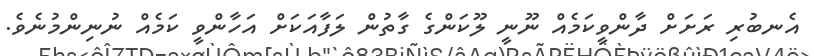
އެނބުރި ރަށަށް ދާންވީކަމެއް ނޫނީ ލޫކަންގެ ގާތުން ލަފާއަކަށް އަހާންވީ ކަމެއް ނުނިންމުނެވެ.